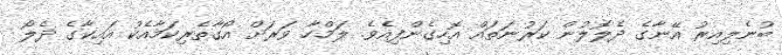
ބުނެލިއިރު އޭނާގެ ދެލޮލުން ކަރުނަތައް އޮހިގެންފިއެވެ. ލަމްހާ ވަރަށް އޯގާތެރިކަމާއެކު އައިކާގެ ދެލޯ